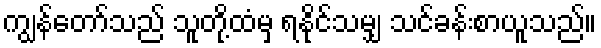
ကျွန်တော်သည် သူတို့ထံမှ ရနိုင်သမျှ သင်ခန်းစာယူသည်။